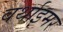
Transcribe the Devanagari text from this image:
वर्थाइमर